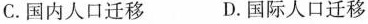
C.国内人口迁移 D.国际人口迁移